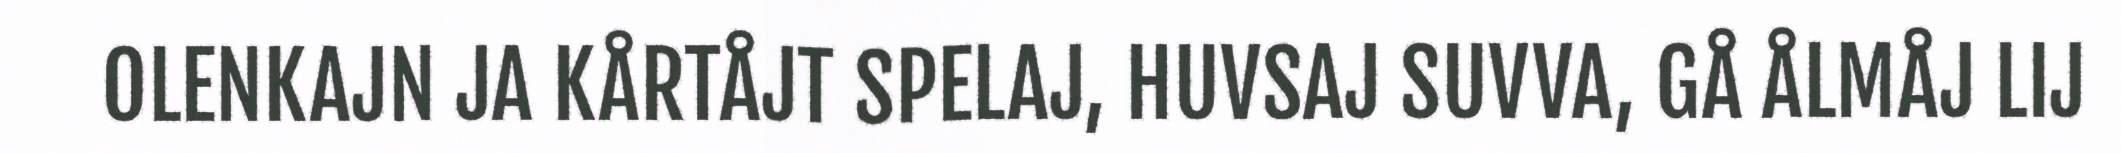
OLENKAJN JA KÅRTÅJT SPELAJ, HUVSAJ SUVVA, GÅ ÅLMÅJ LIJ